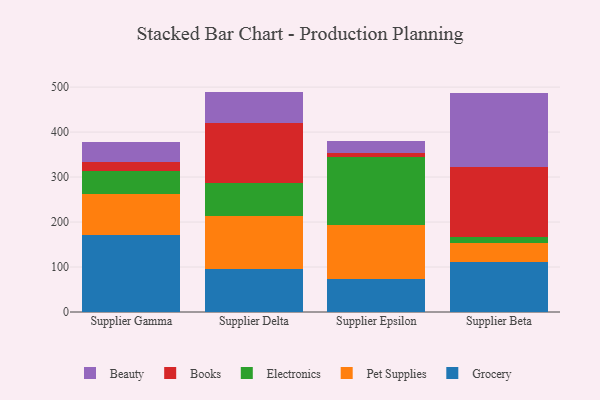
{"axis": {"x": "Supplier", "y": "Humidity (%)"}, "legend": ["Beauty", "Books", "Electronics", "Grocery", "Pet Supplies"], "data": [{"x": "Supplier Gamma", "y": 172.2, "type": "Grocery"}, {"x": "Supplier Gamma", "y": 90.4, "type": "Pet Supplies"}, {"x": "Supplier Gamma", "y": 51.4, "type": "Electronics"}, {"x": "Supplier Gamma", "y": 19.2, "type": "Books"}, {"x": "Supplier Gamma", "y": 43.8, "type": "Beauty"}, {"x": "Supplier Delta", "y": 96.4, "type": "Grocery"}, {"x": "Supplier Delta", "y": 116.4, "type": "Pet Supplies"}, {"x": "Supplier Delta", "y": 73.1, "type": "Electronics"}, {"x": "Supplier Delta", "y": 133.9, "type": "Books"}, {"x": "Supplier Delta", "y": 70.2, "type": "Beauty"}, {"x": "Supplier Epsilon", "y": 73.1, "type": "Grocery"}, {"x": "Supplier Epsilon", "y": 120.7, "type": "Pet Supplies"}, {"x": "Supplier Epsilon", "y": 151.4, "type": "Electronics"}, {"x": "Supplier Epsilon", "y": 7.3, "type": "Books"}, {"x": "Supplier Epsilon", "y": 28.7, "type": "Beauty"}, {"x": "Supplier Beta", "y": 112.0, "type": "Grocery"}, {"x": "Supplier Beta", "y": 41.7, "type": "Pet Supplies"}, {"x": "Supplier Beta", "y": 14.1, "type": "Electronics"}, {"x": "Supplier Beta", "y": 153.8, "type": "Books"}, {"x": "Supplier Beta", "y": 164.7, "type": "Beauty"}]}